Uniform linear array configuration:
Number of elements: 48
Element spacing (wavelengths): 0.25
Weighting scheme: cosine
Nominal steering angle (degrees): -30
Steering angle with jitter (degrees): -31.128
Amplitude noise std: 0.05
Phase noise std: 0.05

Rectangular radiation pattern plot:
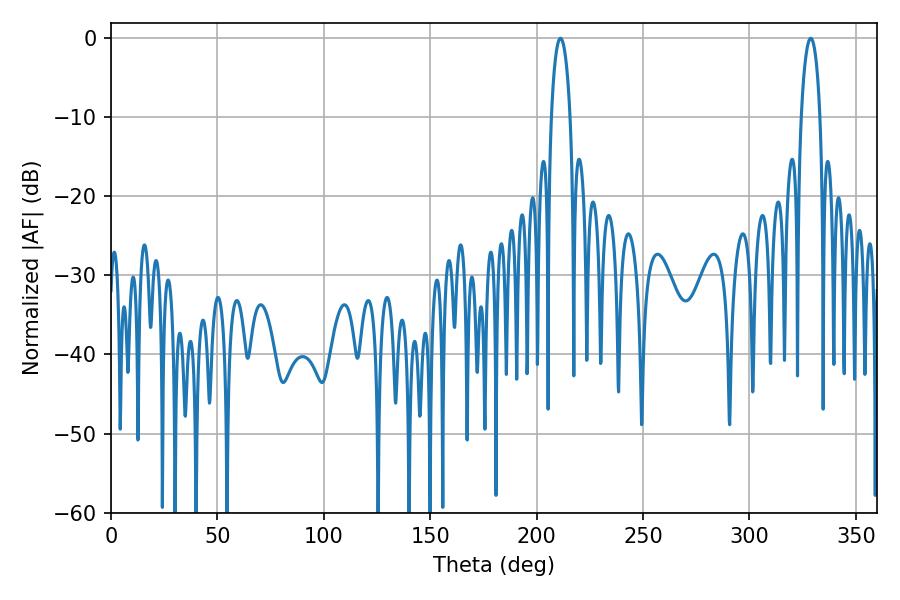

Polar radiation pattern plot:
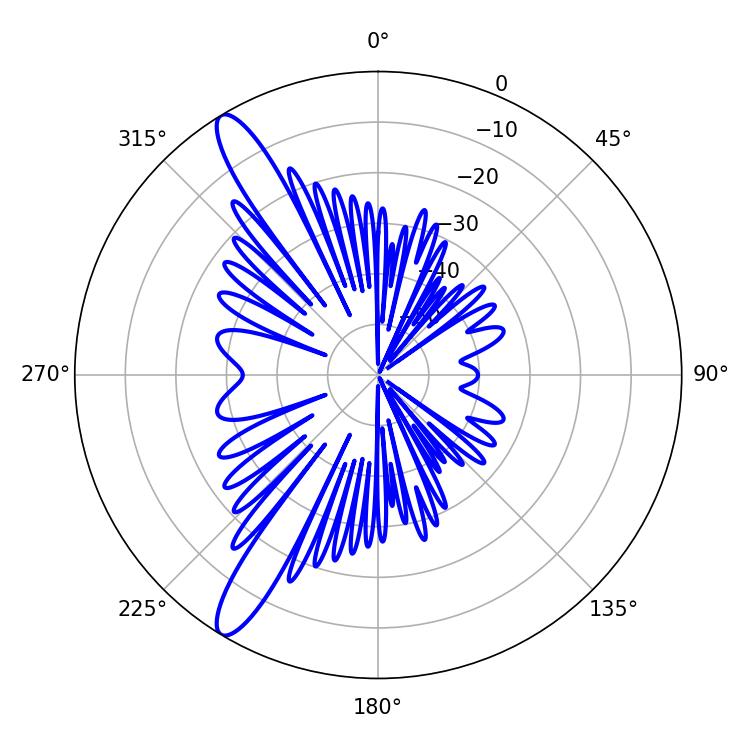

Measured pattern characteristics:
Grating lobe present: FALSE
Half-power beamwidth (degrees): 4.86
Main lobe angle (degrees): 211.14